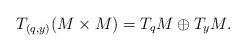
LaTeX: \begin{align*}T_{(q,y)}(M\times M) = T_qM\oplus T_yM.\end{align*}